Calcutta medical institutions reports 1879-81 [i.e.91]
Year: 1879
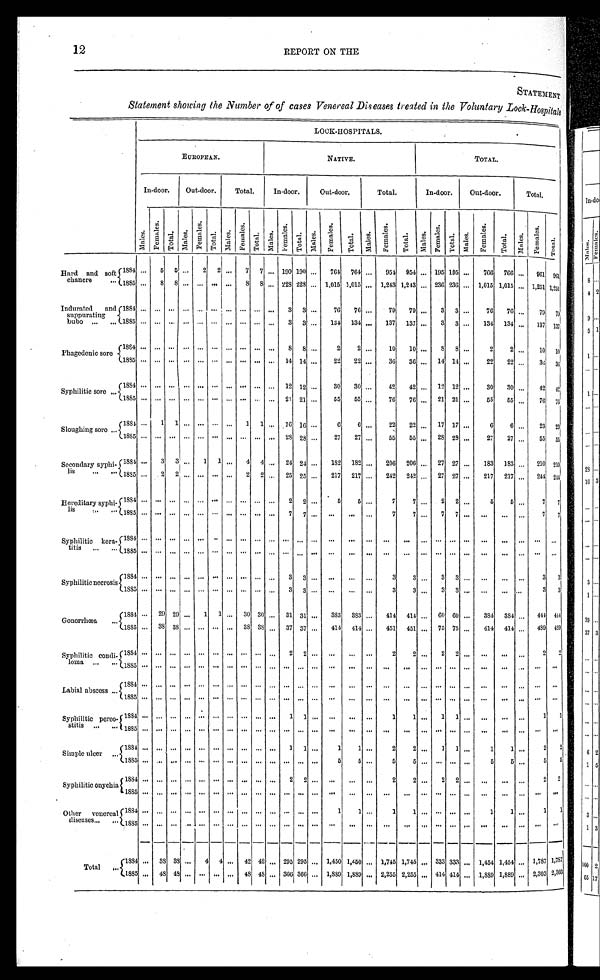
12
REPORT ON THE
STATEMENT
Statement showing the Number of of cases Venereal Diseases treated in the Voluntary Lock-Hospitals
LOCK-HOSPITALS.
E U R O P E A N .
NATIVE.
TOTAL.
In-door.
Out-door.
Total .
In-door.
Out-door.
Total.
In-door.
Out-door.
Total.
Males.
Femal es.
T o t a l .
Males.
F e m a l e s .
T o t a l .
M a l e s .
F e ma l e s .
T o t a l .
Ma l e s .
F e m a l e s .
T o t a l .
Mal es .
F e m a l e s .
T o t a l .
Ma l e s .
F e m a l e s .
Tot al .
Males.
F e m a l e s .
T o t a l .
Mal es.
Fe ma l e s .
T o t a l .
Mal es.
F e m a l e s .
To t a l .
H a r d a n d s o f t c h a n c r e
1884 ...
5
5
...
2
2
. . .
7
7
...
190
1 9 0
...
764
764
...
954
954
...
195
1 9 5 ...
766 766 ...
961 961
1 8 8 5
...
8
8 ... ...
. . .
...
8
8 ... 228
2 2 8 ... 1,015
1 , 0 1 5 ... 1,243
1 , 2 4 3
... 236 236 ... 1,015
1 , 0 1 5 ... 1,251 1,251
Indurated
and
suppurating b u b o
1884
...
... ...
...
...
. . .
... ... ... ...
3
3
...
76
76
...
7 9
79
...
3
3
...
76
76 ...
79
79
1885 ... ...
... ... ...
. . .
... ... ... ...
3
3 ...
134
134
... 137
137 ...
3
3 ...
134
1 3 4 ...
137 137
Phagedenic sore
1 8 8 4
... ...
. . .
...
. . .
. . .
... ...
. . .
...
8
8 ...
2
2
...
10
10
...
8
8 ...
2
2 ...
10 10
1885 ... ... ...
...
. . .
. . .
... ...
. . ....
14 14 ...
22
22 ... 36
36 ... 14 14 ...
22
22 ...
36 36
Syphilitic sore
1884
...
... ...
... ... ...
...
...
. . .
...
12 12 ...
30
30 ...
42
42 ... 12 12 ...
30
30 ...
42 42
1885 ... ... ... ... ... ... ... ...
. . .
...
21 21 ...
55
5 5
...
7 6
76
21
21 ...
55
5 5 ...
76 76
Sloughing sore
1884 ...
1
1
...
... ... ...
1
1 ... 16 16 ...
6
6 ...
22
22
... 17 17 ...
6
6 ...
23 23
1 8 8 5
...
...
. . .
... . . .
. . .
...
...
...
...
28
2 8
...
27
27 ...
5 5
55 ... 28 28 ...
27
27 ...
5 5 55
Secondary syphi-lis
1 8 8 4 ...
3
3 ...
1
1 ...
4
4 ...
2 4 24 ...
182
1 8 2 ...
206
206 ...
27 27 ...
183
183 ...
210
210
1 8 8 5
...
2
2 ... ... ... ...
2
2 ...
25
2 5 ...
217
217 ...
242
242 ...
27 27 ...
217
217 ...
244 244
Hereditary syphi-lis
1 8 8 4
...
...
. . . ...
. . .
. . . ...
. . .
. . .
...
2
2 ...
5
5 ...
7
7 ...
2
2 ...
5
5 ...
7
7
1 8 8 5
...
...
. . . ...
. . .
. . . ...
. . .
. . .
...
7
7 ...
. . .
. . .
...
7
7 ...
7
7 ...
...
. . .
...
7
7
Syphilitic kera-
t i t i s
1 8 8 4
...
...
. . . ...
. . .
. . . ...
. . .
. . .
...
. . .
. . .
...
. . .
. . .
...
. . .
. . . ...
. . .
. . .
...
. . .
. . . ...
. . .
...
1 8 8 5
...
...
. . . ...
. . .
. . . ...
. . .
. . .
...
. . .
. . .
...
. . .
. . .
...
. . .
...
...
...
. . . ...
...
...
...
...
...
Syphilitic necrosis
1 8 8 4
...
...
. . . ...
. . .
. . . ...
. . .
. . .
...
3
3 ...
. . .
. . .
...
3
3 ...
3
3 ...
. . .
. . . ...
3
3
1 8 8 5
...
...
. . . ...
. . .
. . . ...
. . .
. . .
...
3
3 ...
. . .
. . .
...
3
3 ...
3
3 ...
. . .
. . . ...
3
3
Gonorrhœa
1884 ...
29 29 ...
1
1 ...
30 30 ...
31 31 ...
383
383 ...
414
414 ...
60 60 ...
3 8 4
384 ...
444 444
1885 ...
38
3 8 ... ... ... ...
3 8 38 ...
37 37 ...
4 1 4 414 ...
451
451 ...
75 75 ...
414 414 ...
4 8 9 4 8 9
Syphilitic condi- l o n a
1 8 8 4 ...
. . . . . . ...
. . .
. . . ... ... ... ...
2
2 ...
. . .
. . .
...
2
2 ...
2
2 ...
. . .
. . .
...
2
2
1 8 8 5
...
...
. . . ...
. . .
. . . ... ...
. . .
...
. . .
. . .
...
. . .
. . .
...
. . .
. . .
...
. . .
. . .
...
. . .
. . .
...
. . .
. . .
Labial abscess
1884 ...
. . . ... ... ... ... ... ... ... ... ... ... ...
...
...
... ...
...
... ... ...
... ...
. . .
...
. . .
...
1 8 8 5
...
...
. . . ...
. . .
. . . ... ...
. . .
...
. . .
. . .
...
. . .
. . . ...
. . .
. . . ...
. . . . . . ...
. . .
. . . ...
. . . ...
Syphilitic
p o r e o -
stitis
1884
...
...
. . . ...
. . .
. . . ... ...
. . .
...
1
1 ...
. . .
...
...
1
1 ...
1 1 ...
. . .
. . . ...
1
1
1 8 8 5 ... ... ... ...
. . .
. . . ...
... ... ... ... ... ...
. . .
...
...
...
...
... ... ... ...
. . .
. . .
. . .
...
...
Simple ulcer
1 8 8 4
...
...
. . .
...
. . .
. . . ... ...
. . .
...
1
1 ...
1
1 ...
2
2 ...
1
1 ...
1
1 ...
2
2
. . .
...
...
. . .
...
. . .
. . . ... ...
. . .
...
. . .
. . .
...
5
5 ...
5
5 ...
. . .
. . .
...
5
5 ...
5
5
Syphilitic onychia
1 8 8 4
...
...
. . .
...
. . .
. . . ... ...
. . .
...
2
2 ...
. . .
. . .
....
2
2 ...
2
2 ...
. . .
...
...
2
2
1 8 8 5
...
...
. . .
...
. . .
. . . ... ...
. . .
...
. . .
. . .
...
. . .
. . .
...
. . .
. . .
...
. . .
. . .
...
. . .
. . .
. . .
. . .
. . .
Other
venereal d i s e a s
1 8 8 4
. . . ... ...
... ... ... ...
. . . ...
. . . ... ...
. . .
1
1 ...
1
1 ...
. . .
. . .
...
1
1 ...
1
1
1 8 8 5
. . .
...
. . .
...
. . .
. . .
. . .
. . .
. . . . . .
. . .
. . . ...
. . .
. . .
...
. . .
. . .
...
. . .
. . .
...
. . .
. . .
. . .
. . .
. . .
Total
1 8 8 4
. . .
38
3 8
...
4
4
...
42 42
. . . 295
2 9 5
. . . 1,450 1,450 ... 1,745 1,745
...
333 333
...
1,454 1,454 ...
1 , 7 8 7
1 , 7 8 7
1885 ... 48
48
... ... ... ...
48 48 ... 366 366 ... 1,889
1 , 8 8 9 ... 2,255 2,255 ... 414 414
. . . 1,889 1,889 ... 2,303 2,303